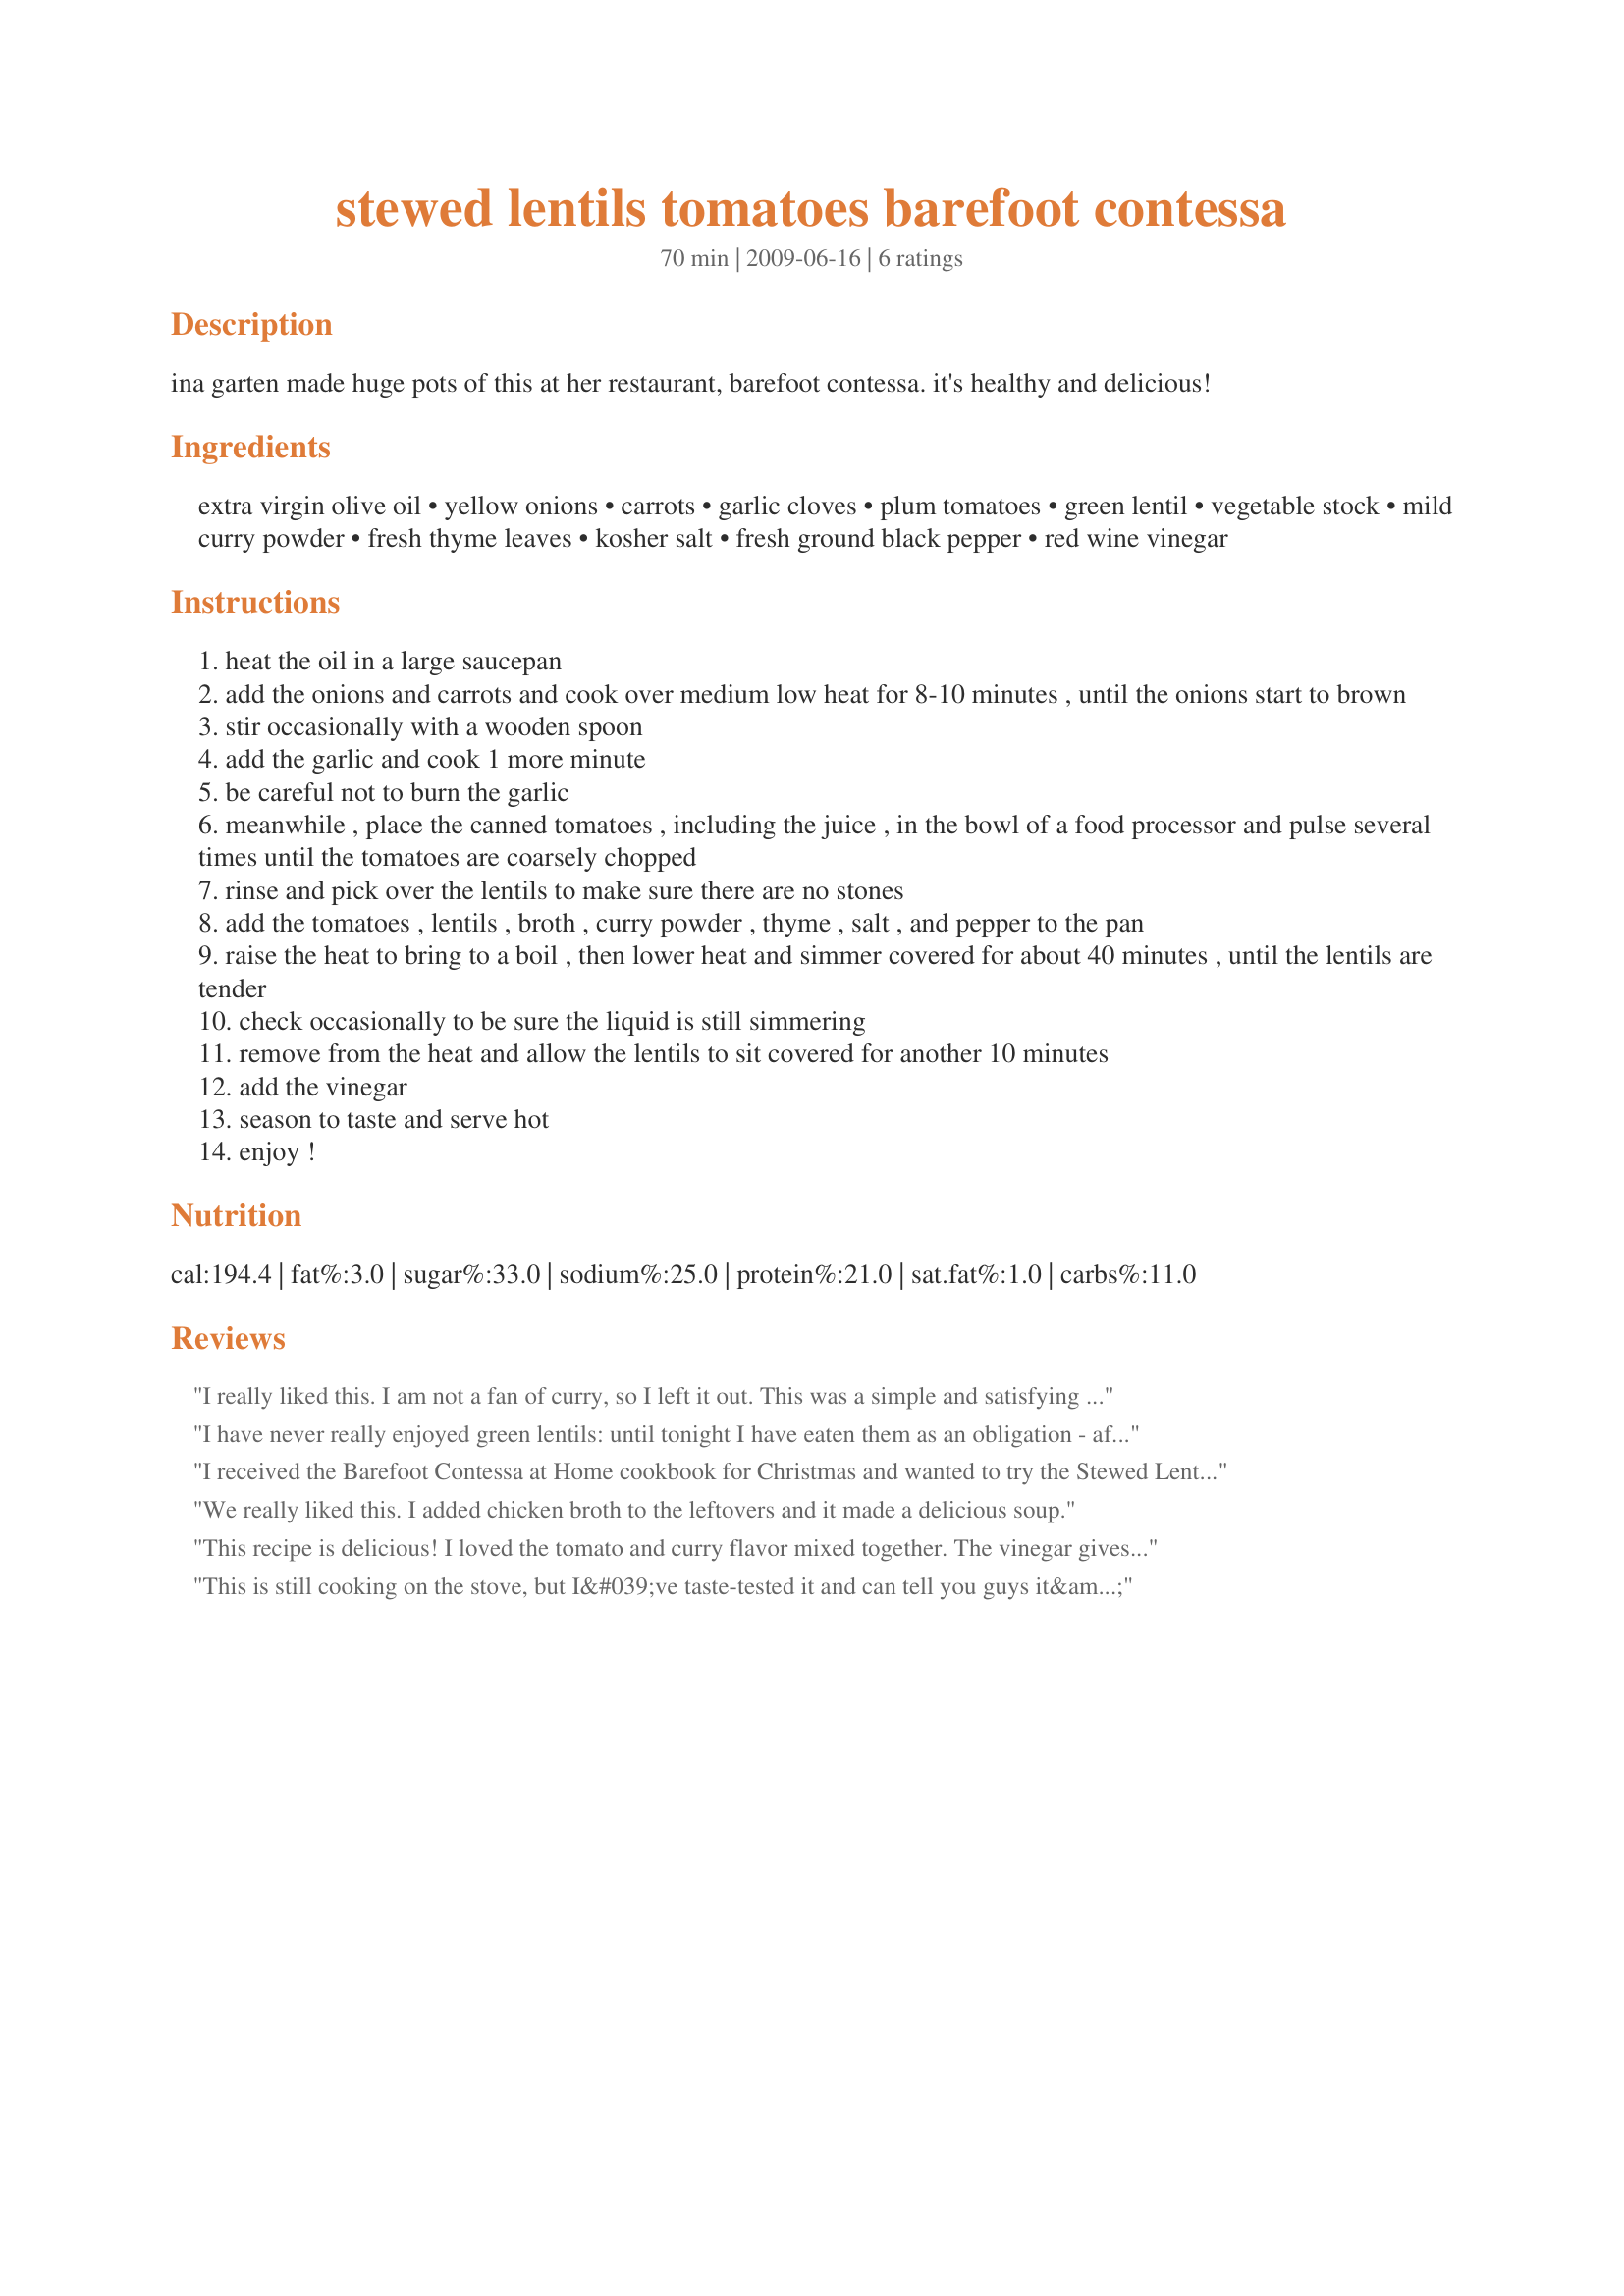
stewed lentils tomatoes barefoot contessa
Preparation time: 70 minutes

ina garten made huge pots of this at her restaurant, barefoot contessa. it's healthy and delicious!

Ingredients:
extra virgin olive oil, yellow onions, carrots, garlic cloves, plum tomatoes, green lentil, vegetable stock, mild curry powder, fresh thyme leaves, kosher salt, fresh ground black pepper, red wine vinegar

Steps:
heat the oil in a large saucepan
add the onions and carrots and cook over medium low heat for 8-10 minutes , until the onions start to brown
stir occasionally with a wooden spoon
add the garlic and cook 1 more minute
be careful not to burn the garlic
meanwhile , place the canned tomatoes , including the juice , in the bowl of a food processor and pulse several times until the tomatoes are coarsely chopped
rinse and pick over the lentils to make sure there are no stones
add the tomatoes , lentils , broth , curry powder , thyme , salt , and pepper to the pan
raise the heat to bring to a boil , then lower heat and simmer covered for about 40 minutes , until the lentils are tender
check occasionally to be sure the liquid is still simmering
remove from the heat and allow the lentils to sit covered for another 10 minutes
add the vinegar
season to taste and serve hot
enjoy !

Reviews:
I really liked this. I am not a fan of curry, so I left it out. This was a simple and satisfying meat-free meal, served with a crusty roll.
I have never really enjoyed green lentils: until tonight I have eaten them as an obligation - after all, they are both healthy AND cheap! So, I keep trying new recipes and this one did the trick! Both my husband and I enjoyed second helpings of this wonderful stew and 3 out of 4 kids ate it (but didn't ask for seconds). I think the red wine vinegar brightens the stew nicely.
I received the Barefoot Contessa at Home cookbook for Christmas and wanted to try the Stewed Lentils and Tomatoes recipe. Although, in general my husband and I enjoyed the flavor I felt it was too tomatoey. It took about 30 minutes longer than the recipe to cook the lentils. I used canned chicken stock rather than homemade but I followed everything else to the letter. Not sure why the tomatoes were so pronounced...looked more orange than the picture.
We really liked this. I added chicken broth to the leftovers and it made a delicious soup.
This recipe is delicious! I loved the tomato and curry flavor mixed together. The vinegar gives it a little zing. A nice flavor burst in your mouth - and so nutritious!
This is still cooking on the stove, but I&#039;ve taste-tested it and can tell you guys it&#039;s gonna be good. I only had one can of whole peeled tomatoes, so I crushed them with my fingers and added all the juices. I also added a tiny bit of cayenne pepper and turmeric. It&#039;s true for me too that it&#039;s taking way longer to cook the lentils. Mine are the brownish/green lentils that are usually found at most supermarkets. I LOVE curry, and this has just the right amount. I wish I&#039;d added a little less salt, since the spices have added enough flavor of their own to compensate. Overall a good recipe.
